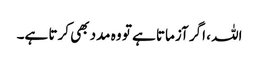
اللہ ، اگر آزماتا ہے تو وہ مدد بھی کرتا ہے۔